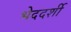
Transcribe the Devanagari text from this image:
भेददर्शी